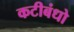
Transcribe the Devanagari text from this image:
कटीबंधो